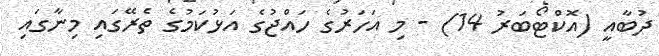
ދުބާއީ (އޮކްޓޯބަރު 14) - މި އަަހަރުގެ ހައްޖުގެ އަޅުކަމުގެ ތެރޭގައި މިނާގައި